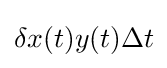
\delta x(t)y(t)\Delta t